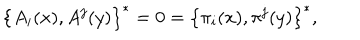
LaTeX: \left\{ A _ { i } ( x ) , A ^ { j } ( y ) \right\} ^ { * } = 0 = \left\{ \pi _ { i } ( x ) , \pi ^ { j } ( y ) \right\} ^ { * } ,